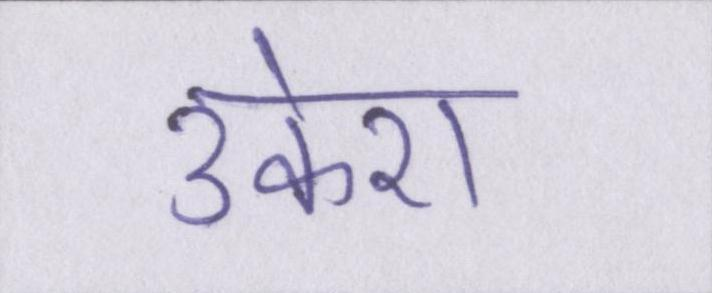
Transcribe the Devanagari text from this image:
उकेरा